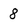
Character: 8